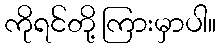
ကိုရင်တို့ ကြားမှာပါ။